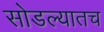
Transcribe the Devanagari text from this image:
सोडल्यातच